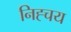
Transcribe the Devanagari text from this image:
निह्चय